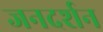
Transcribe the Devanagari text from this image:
जनदर्शन